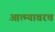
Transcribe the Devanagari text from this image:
आत्म्यावरच